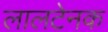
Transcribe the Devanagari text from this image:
लालटेनक